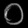
Digit: ၀